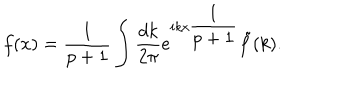
f ( x ) = \displaystyle \frac { 1 } { p + 1 } \displaystyle \int \displaystyle \frac { d k } { 2 \pi } e ^ { i k x \displaystyle \frac { 1 } { p + 1 } } \tilde { f } ( k ) .